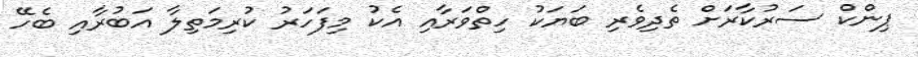
ޕިންކް ސަރުކާރަށް ތެދިވެރި ބަޔަކު ހިތްވަރާއި އެކު މިފަހަރު ކުރިމަތިލާ އަބުރާއި ބެހޭ